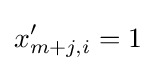
x'_{m+j,i}=1